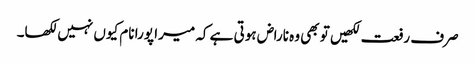
صرف رفعت لکھیں تو بھی وہ ناراض ہوتی ہے کہ میرا پورا نام کیوں نہیں لکھا۔